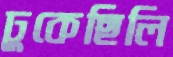
ঢুকেছিলি